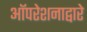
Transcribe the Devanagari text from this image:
ऑपरेशनाद्वारे